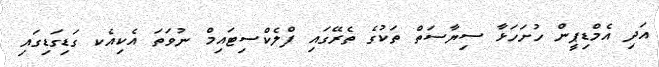
އަދި އެމްޑިޕީން ހުށަހަޅާ ސިޔާސަތް ތަކުގެ ތެރޭގައި ފްލެކްސިޓައިމް ނުވަތަ އެކިއެކ ގަޑިގަޑިގައި